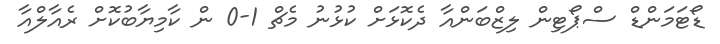
ޑޯޓަމަންޑް ސްޕޯޓިން ލިޒްބަންއާ ދެކޮޅަށް ކުޅުނު މެޗް 1-0 ން ކާމިޔާބުކޮށް ރެއާލްއާ